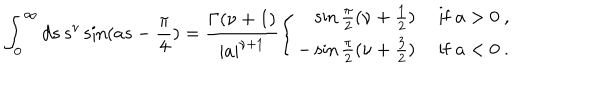
\int _ { 0 } ^ { \infty } d s \, s ^ { \nu } \sin ( a s - \frac { \pi } { 4 } ) = \frac { \Gamma ( \nu + 1 ) } { | a | ^ { \nu + 1 } } \left\{ \begin{array} { r l } { { \sin \frac { \pi } { 2 } ( \nu + \frac { 1 } { 2 } ) } } & { { \ \mathrm { i f } \ a > 0 \ , } } \\ { { - \sin \frac { \pi } { 2 } ( \nu + \frac { 3 } { 2 } ) } } & { { \ \mathrm { i f } \ a < 0 \ . } } \\ \end{array} \right.